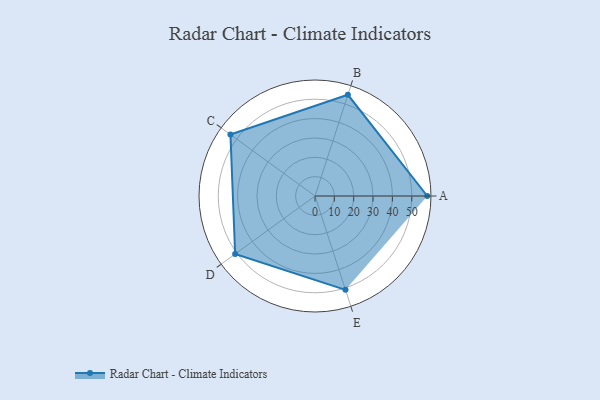
{"axis": {"x": "Skill", "y": "Score"}, "legend": ["Profile"], "data": [{"x": "A", "y": 58.0, "type": "Profile"}, {"x": "B", "y": 55.0, "type": "Profile"}, {"x": "C", "y": 54.0, "type": "Profile"}, {"x": "D", "y": 51.0, "type": "Profile"}, {"x": "E", "y": 51.0, "type": "Profile"}]}